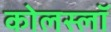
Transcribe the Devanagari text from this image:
कोलस्लॉ